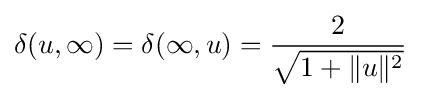
\delta (u,\infty )=\delta (\infty ,u)={\frac {2}{\sqrt {1+\|u\|^{2}}}}